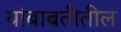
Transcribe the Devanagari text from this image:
यांबाबतीतील